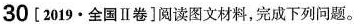
30 [2019 · 全国Ⅱ卷]阅读图文材料，完成下列问题。